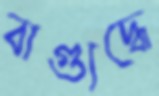
বাগ্যুদ্ধে